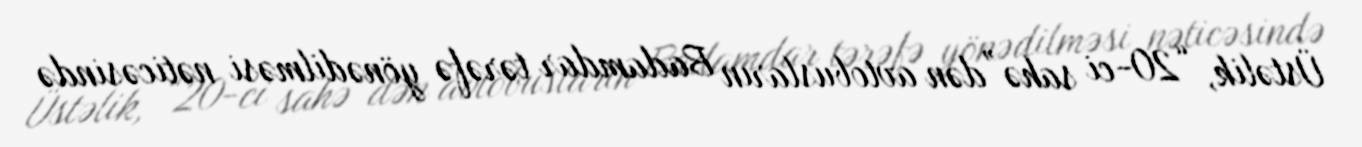
Üstəlik, “20-ci sahə”dən avtobusların Badamdar tərəfə yönədilməsi nəticəsində